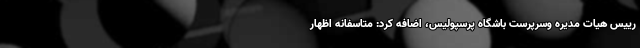
رییس هیات مدیره وسرپرست باشگاه پرسپولیس، اضافه کرد: متاسفانه اظهار